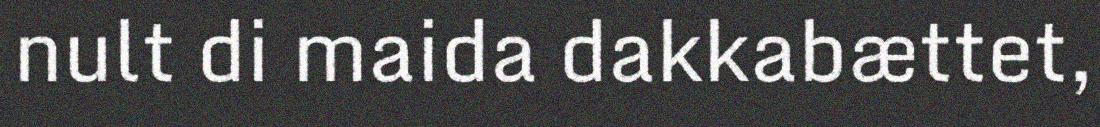
nult di maida dakkabættet,